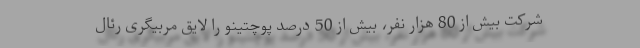
شرکت بیش از 80 هزار نفر، بیش از 50 درصد پوچتینو را لایق مربیگری رئال